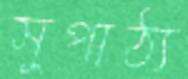
সুপাঠ্য